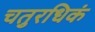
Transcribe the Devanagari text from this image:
चतुरधिकं